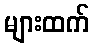
များထက်